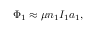
\Phi _ { 1 } \approx \mu n _ { 1 } I _ { 1 } a _ { 1 } ,